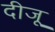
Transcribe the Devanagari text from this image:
दीजू